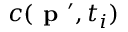
c ( \textbf { p } ^ { \prime } , t _ { i } )